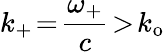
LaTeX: k_{+}\! =\! \frac{\omega_{+}}{c}\! >\! k_{\mathrm{o}}